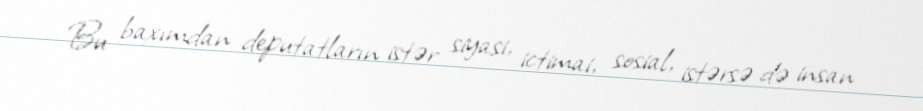
Bu baxımdan deputatların istər siyasi, ictimai, sosial, istərsə də insan